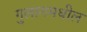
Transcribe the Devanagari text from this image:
गुलागमधील